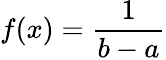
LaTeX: f(x)={\frac{1}{b-a}}